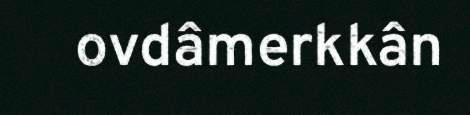
ovdâmerkkân